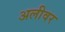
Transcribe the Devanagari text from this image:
अलीवर